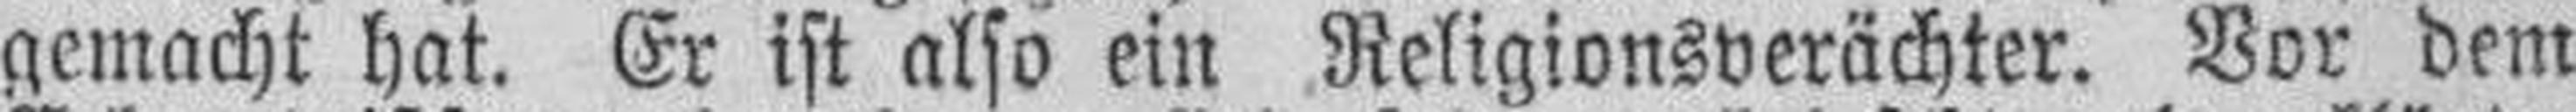
gemacht hat. Er ist also ein Religionsverächter. Vor dem